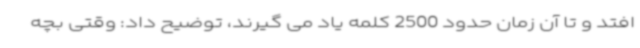
افتد و تا آن زمان حدود 2500 کلمه یاد می گیرند، توضیح داد: وقتی بچه